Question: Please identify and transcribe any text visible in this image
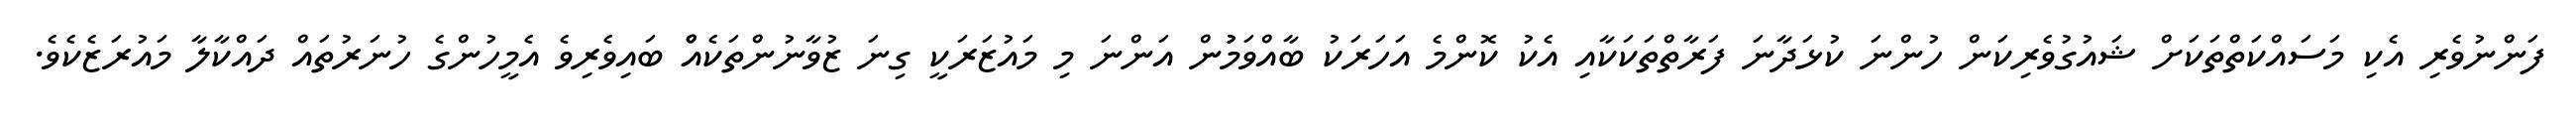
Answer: ފަންނުވެރި އެކި މަސައްކަތްތަކަށް ޝައުގުވެރިކަން ހުންނަ ކުޅަދާނަ ފަރާތްތަކަކާއި އެކު ކޮންމެ އަހަރަކު ބާއްވަމުުން އަންނަ މި މައުޒަރަކީ ގިނަ ޒުވާނުންތަކެއްް ބައިވެރިވެ އެމީހުންގެ ހުނަރުތައް ދައްކާލާ މައުރަޒެކެވެ.